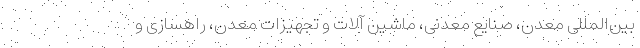
بین‌المللی معدن، صنایع معدنی، ماشین آلات و تجهیزات معدن، راهسازی و